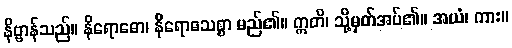
နိဗ္ဗာန်သည်။ နိရောဓော၊ နိရောဓသစ္စာ မည်၏။ ဣတိ၊ သို့မှတ်အပ်၏။ အယံ၊ ကား။